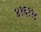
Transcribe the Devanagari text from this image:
४१६११८